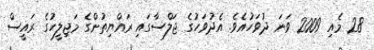
28 މެއި 2009 ވަނަ ދުވަހުއެވެ. އެދުވަހުގެ ޖަލްސާގައި ރައްޔިތުންގެ މަޖިލީހުގެ ރައީސް